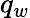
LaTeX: q_{w}